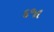
દજા